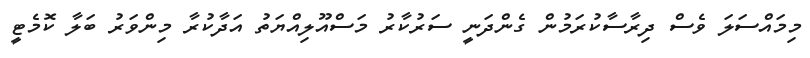
މިމައްސަލަ ވެސް ދިރާސާކުރަމުން ގެންދަނީ ސަރުކާރު މަސްއޫލިއްޔަތު އަދާކުރާ މިންވަރު ބަލާ ކޮމެޓީ